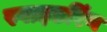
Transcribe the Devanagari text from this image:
स्पाइडरिंग